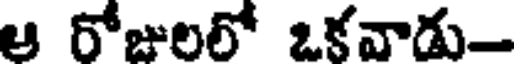
ఆ రోజులలో ఒకవాడు-